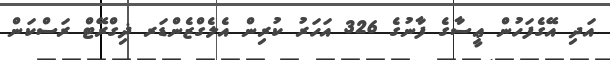
އަދި އޭގެފަހުން ޢީސާގެ ފާނުގެ 326 އަހަރު ކުރިން އެލެގްޒެންޑަރ ޛިގްރޭޓް ރަސްކަން